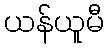
ယန်ယူမီ